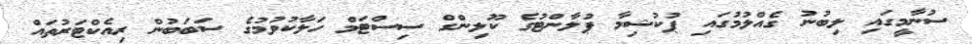
ސުނާމީގައި ލިބުނު ގެއްލުމުގައި ޕުކުޝިމާ ޕުލާންޓުގެ ކޫލިންގް ސިސްޓަމް ހަލާކުވުމުގެ ސަބަބުން ރިއެކްޓަރުތައް